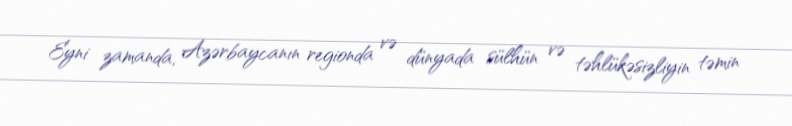
Eyni zamanda, Azərbaycanın regionda və dünyada sülhün və təhlükəsizliyin təmin